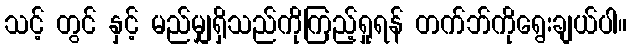
သင့် တွင် နှင့် မည်မျှရှိသည်ကိုကြည့်ရှုရန် တက်ဘ်ကိုရွေးချယ်ပါ။